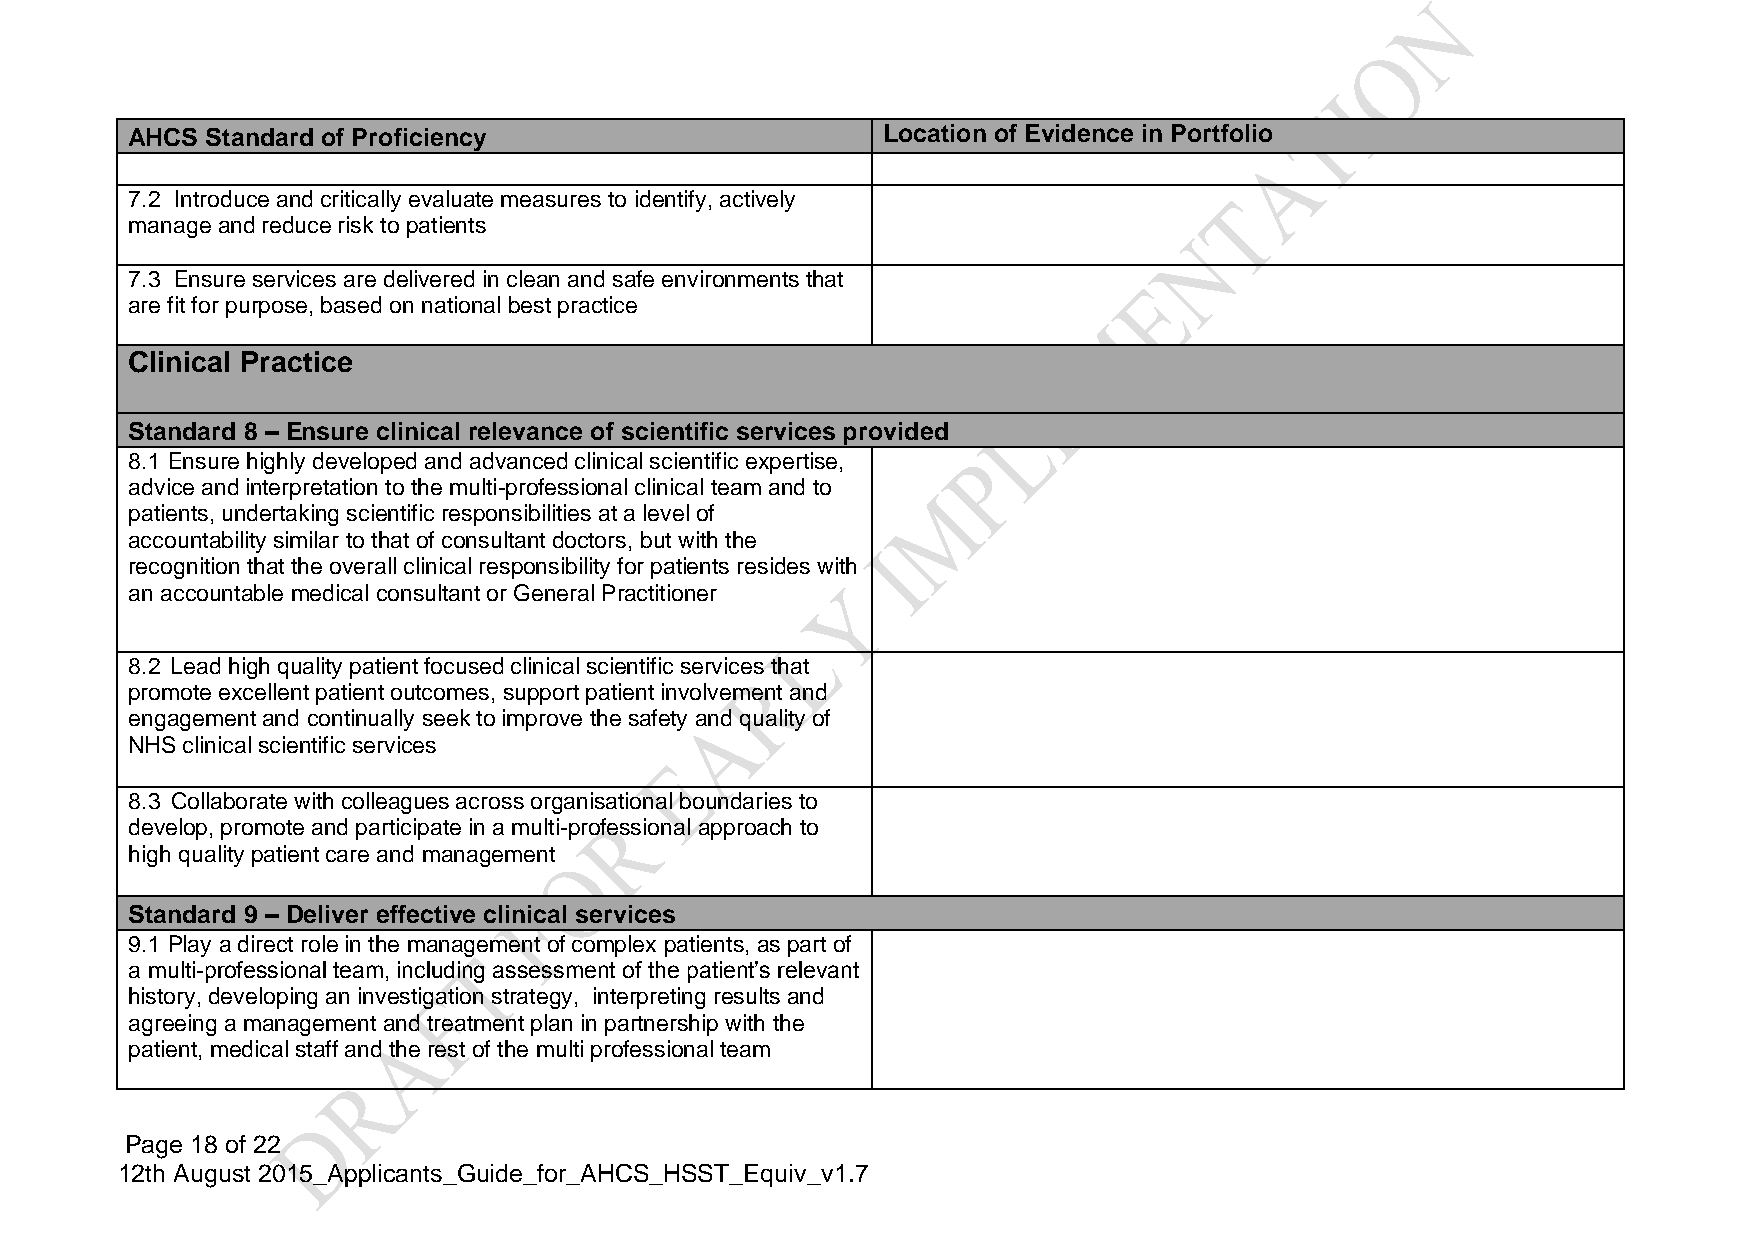
AHCS  Standard of Proficiency                     Location of Evidence in Portfolio
 7.2 Introduce and critically evaluate measures to identify, actively
 manage and reduce risk to patients
 7.3 Ensure services are delivered in clean and safe environments that
 are fit for purpose, based on national best practice
 Clinical Practice
 Standard 8 – Ensure clinical relevance of scientific services provided
 8.1 Ensure highly developed and advanced clinical scientific expertise,
 advice and interpretation to the multi-professional clinical team and to
 patients, undertaking scientific responsibilities at a level of
 accountability similar to that of consultant doctors, but with the
 recognition that the overall clinical responsibility for patients resides with
 an accountable medical consultant or General Practitioner
 8.2 Lead high quality patient focused clinical scientific services that
 promote excellent patient outcomes, support patient involvement and
 engagement and continually seek to improve the safety and quality of
 NHS clinical scientific services
 8.3 Collaborate with colleagues across organisational boundaries to
 develop, promote and participate in a multi-professional approach to
 high quality patient care and management
 Standard 9 – Deliver effective clinical services
 9.1 Play a direct role in the management of complex patients, as part of
 a multi-professional team, including assessment of the patient’s relevant
 history, developing an investigation strategy, interpreting results and
 agreeing a management and treatment plan in partnership with the
 patient, medical staff and the rest of the multi professional team
 Page 18 of 22
 12th August 2015_Applicants_Guide_for_AHCS_HSST_Equiv_v1.7